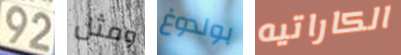
92 ومثل بولدوغ الكاراتيه